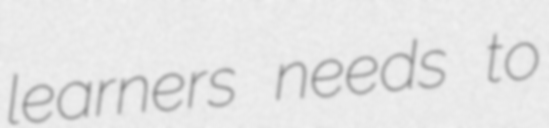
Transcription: learners needs to